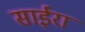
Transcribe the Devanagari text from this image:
साईरा